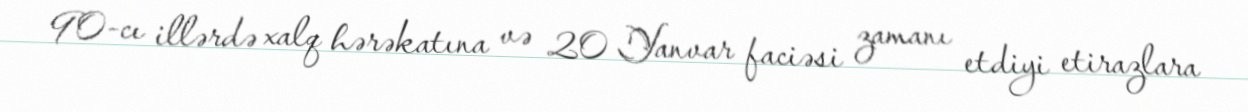
90-cı illərdə xalq hərəkatına və 20 Yanvar faciəsi zamanı etdiyi etirazlara